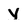
Character: y